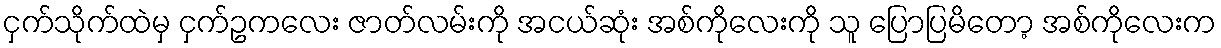
ငှက်သိုက်ထဲမှ ငှက်ဥကလေး ဇာတ်လမ်းကို အငယ်ဆုံး အစ်ကိုလေးကို သူ ပြောပြမိတော့ အစ်ကိုလေးက